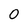
Character: 0